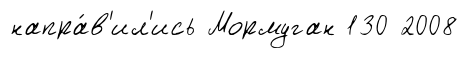
напра́в'ил'ись Мормуган 130 2008